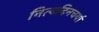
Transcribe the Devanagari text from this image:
नित्यदिनचर्या